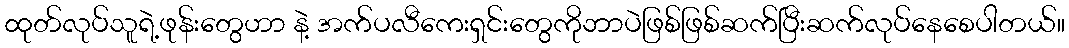
ထုတ်လုပ်သူရဲ့ဖုန်းတွေဟာ နဲ့ အက်ပလီကေးရှင်းတွေကိုဘာပဲဖြစ်ဖြစ်ဆက်ပြီးဆက်လုပ်နေစေပါတယ်။